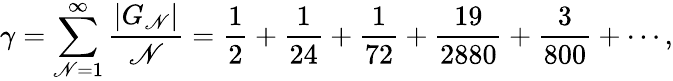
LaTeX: \gamma=\sum_{\mathscr{N}=1}^{\infty}{\frac{{|G_{\mathscr{N}}|}}{{\mathscr{N}}}}={\frac{{1}}{{2}}}+{\frac{{1}}{{24}}}+{\frac{{1}}{{72}}}+{\frac{{19}}{{2880}}}+{\frac{{3}}{{800}}}+\cdots,